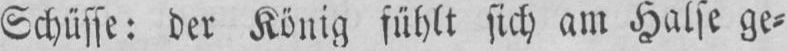
Schüsse: der König fühlt sich am Halse ge⸗